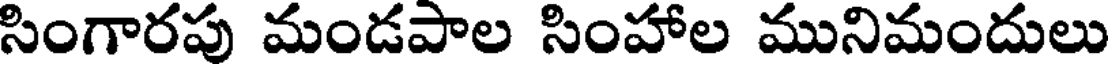
సింగారపు మండపాల సింహాల మునిమందులు